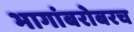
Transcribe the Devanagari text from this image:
भागांबरोबरच